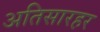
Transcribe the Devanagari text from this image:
अतिसारहर